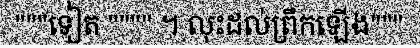
"""ទៀត """" ។ លុះដល់ព្រឹកឡើង"""